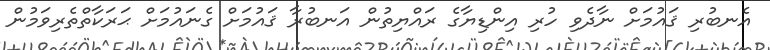
އެނބުރި ޤައުމަށް ނާދެވި ހުރި އިންޑިޔާގެ ރައްޔިތުން އަނބުރާ ޤައުމަށް ގެނައުމަށް ޙަރަކާތްތެރިވަމުން